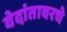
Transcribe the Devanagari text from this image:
वेदांतावरचे